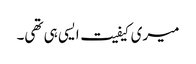
میری کیفیت ایسی ہی تھی۔